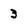
Character: 3